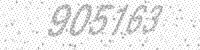
Solution: 905163